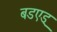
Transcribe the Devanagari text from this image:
बडएड्